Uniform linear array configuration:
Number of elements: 16
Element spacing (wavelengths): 0.25
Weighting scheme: kaiser
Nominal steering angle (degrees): -15
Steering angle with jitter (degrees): -16.63
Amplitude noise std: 0.05
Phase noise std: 0.05

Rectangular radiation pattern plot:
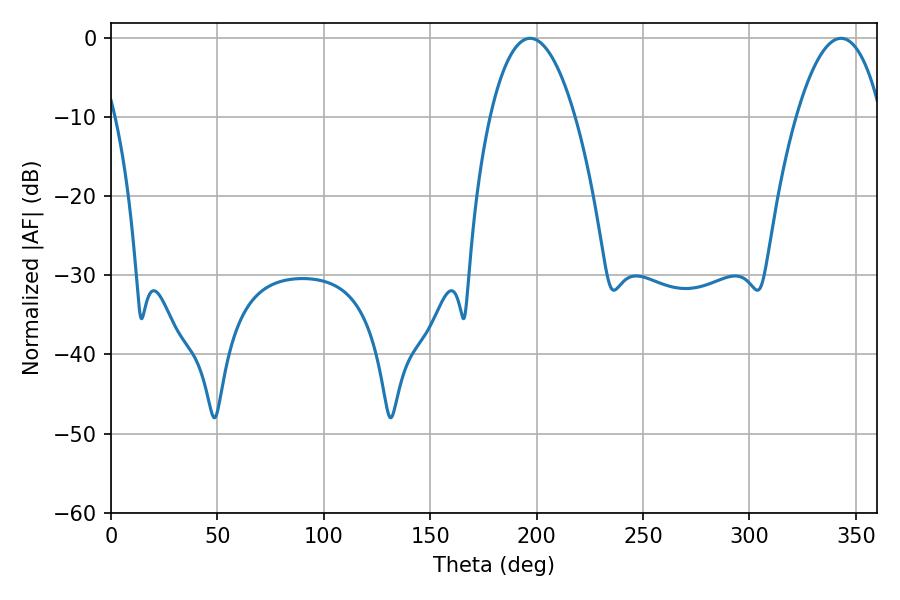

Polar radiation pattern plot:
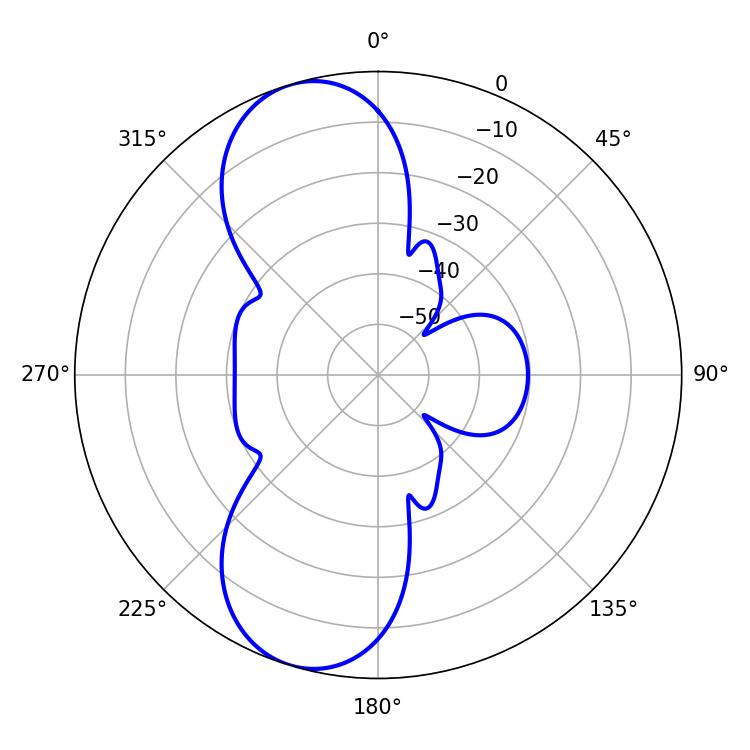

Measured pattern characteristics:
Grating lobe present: FALSE
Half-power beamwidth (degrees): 22.32
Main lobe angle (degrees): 343.08